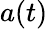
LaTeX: a(t)